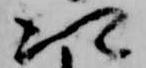
次